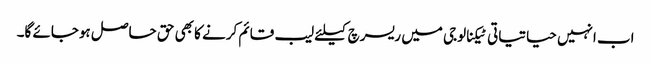
اب انہیں حیاتیاتی ٹیکنالوجی میں ریسرچ کیلئے لیب قائم کرنے کا بھی حق حاصل ہوجائے گا۔